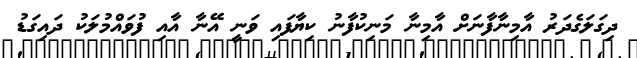
ދިގަލަގެދަރު އާމިނާފާނަށް އާމިނާ މަނިކުފާނު ކިޔާފައި ވަނީ އޭނާ އާއި ފުވައްމުލަކު ދައިގަޑު